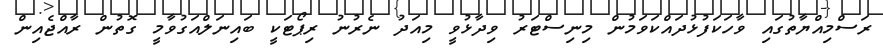
ރަސްމިއްޔާތުގައި ވާހަކަފުޅުދައްކަވަމުން މިނިސްޓަރު ވިދާޅުވީ މިއަދު ނެރުނު ރިޕޯޓަކީ ބައިނަލްއަގުވާމީ ގޮތުން ރާއްޖެއިން